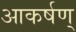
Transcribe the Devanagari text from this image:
आकर्षण्